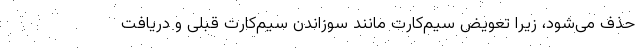
حذف می‌شود، زیرا تعویض سیم‌کارت مانند سوزاندن سیم‌کارت قبلی و دریافت